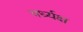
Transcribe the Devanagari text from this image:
वर्ध्यक्ष